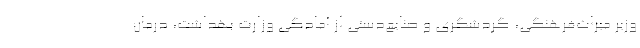
وزیر میراث‌فرهنگی، گردشگری و صنایع‌دستی از آمادگی وزارت بهداشت، درمان